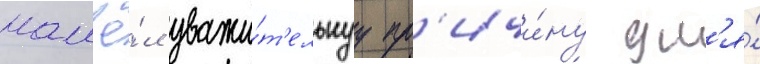
нашё́л уважи́т'ельнуу пр'ичи́ну дл'я́